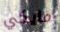
مايكي